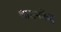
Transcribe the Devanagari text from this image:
शासनकेंद्र